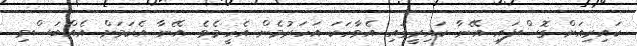
ކައިރިއަށް ގޮސްފައި އޭނާ ކައިރީގައި އެވާހަކަ އަހަރުމެން އެހީމެވެ. އޭނާ އެކަމަށް އެއްބަސްވި